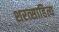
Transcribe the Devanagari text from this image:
शरत्साहित्य